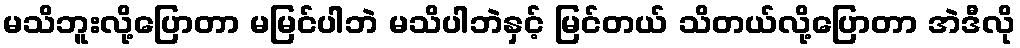
မသိဘူးလို့ပြောတာ မမြင်ပါဘဲ မသိပါဘဲနှင့် မြင်တယ် သိတယ်လို့ပြောတာ အဲဒီလို